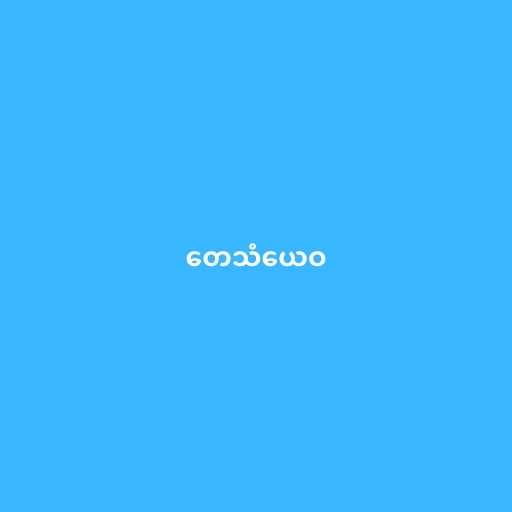
တေသံယေဝ